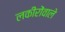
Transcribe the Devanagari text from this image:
लकीरोंवाले